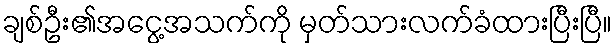
ချစ်ဦး၏အငွေ့အသက်ကို မှတ်သားလက်ခံထားပြီးပြီ။